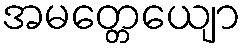
အမတ္တေယျော